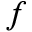
f